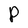
Character: P